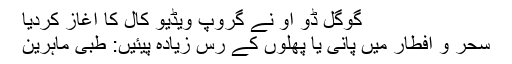
گُوگل ڈُو او نے گروپ ویڈیو کال کا آغاز کردیا
سحر و افطار میں پانی یا پھلوں کے رس زیادہ پیئیں: طبی ماہرین